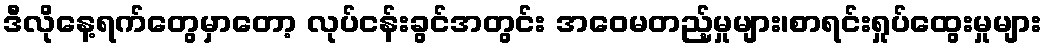
ဒီလိုနေ့ရက်တွေမှာတော့ လုပ်ငန်းခွင်အတွင်း အဝေမတည့်မှုများ၊စာရင်းရှုပ်ထွေးမှုများ